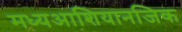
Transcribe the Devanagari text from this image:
मध्यआशियानजिक